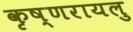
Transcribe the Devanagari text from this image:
कृष्णरायलु